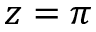
z = \pi